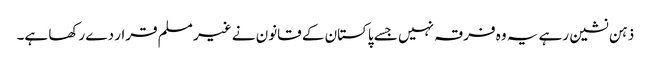
ذہن نشین رہے یہ وہ فرقہ نہیں جسے پاکستان کے قانون نے غیر مسلم قرار دے رکھا ہے۔